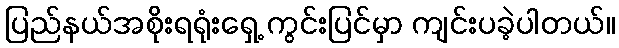
ပြည်နယ်အစိုးရရုံးရှေ့ ကွင်းပြင်မှာ ကျင်းပခဲ့ပါတယ်။